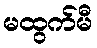
မထွက်မီ